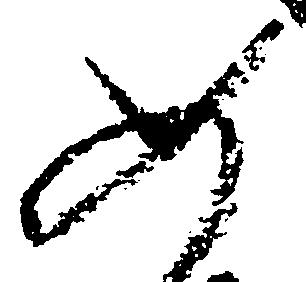
如